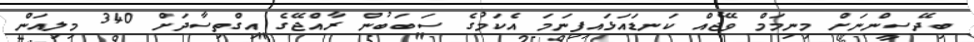
ބިދޭސީންނަށް މިނިމަމް ވޭޖެއް ކަނޑައަޅައިފިނަމަ އެކަމުގެ ސަބަބުން ރާއްޖޭގެ އިގްތިސާދަށް 340 މިލިއަން